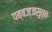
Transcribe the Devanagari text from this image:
पब्बज्जसुत्त